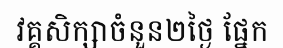
វគ្គសិក្សាចំនួន២ថ្ងៃ ផ្នែក